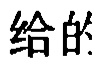
给的